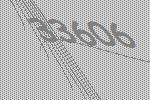
33606